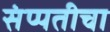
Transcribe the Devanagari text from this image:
संप्पतीचा